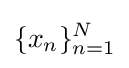
\{x_{n}\}_{n=1}^{N}